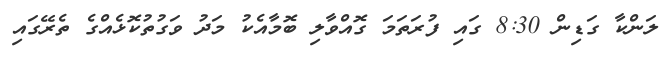
ލަންކާ ގަޑިން 8:30 ގައި ފުރަތަމަ ގޮއްވާލި ބޮމާއެކު މަދު ވަގުތުކޮޅެއްގެ ތެރޭގައި